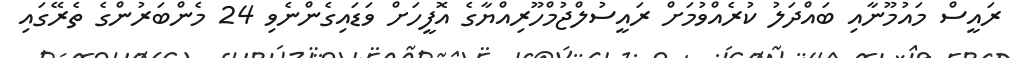
ރައީސް މައުމޫނާއި ބައްދަލު ކުރެއްވުމަށް ރައީސުލްޖުމްހޫރިއްޔާގެ އޮފީހަށް ވަޑައިގެންނެވި 24 މެންބަރުންގެ ތެރޭގައި